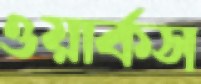
ওয়ার্কস